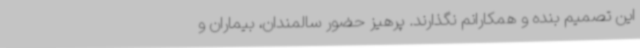
این تصمیم بنده و همکارانم نگذارند. پرهیز حضور سالمندان، بیماران و